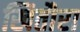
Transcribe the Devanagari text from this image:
खितौरा